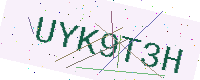
Text: UYK9T3H